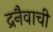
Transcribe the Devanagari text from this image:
द्रनैवाची